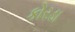
કોરડા